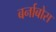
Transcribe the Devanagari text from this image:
बर्नाबोस